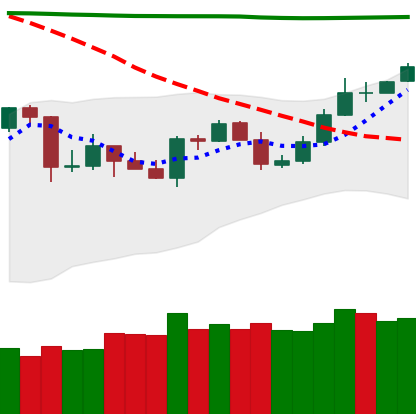
Ticker: TRX-USD
Chart end date: 2020-04-27
Forward return: 12.512%
Label: up_7plus